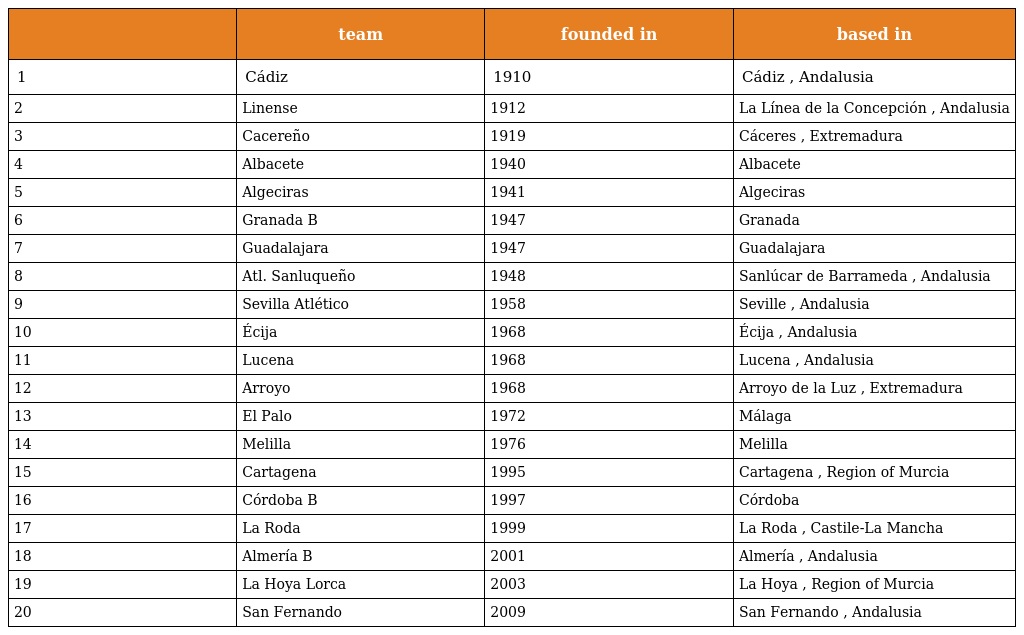
|  | team | founded in | based in |
 | --- | --- | --- | --- |
 | 1 | Cádiz | 1910 | Cádiz , Andalusia |
 | 2 | Linense | 1912 | La Línea de la Concepción , Andalusia |
 | 3 | Cacereño | 1919 | Cáceres , Extremadura |
 | 4 | Albacete | 1940 | Albacete |
 | 5 | Algeciras | 1941 | Algeciras |
 | 6 | Granada B | 1947 | Granada |
 | 7 | Guadalajara | 1947 | Guadalajara |
 | 8 | Atl. Sanluqueño | 1948 | Sanlúcar de Barrameda , Andalusia |
 | 9 | Sevilla Atlético | 1958 | Seville , Andalusia |
 | 10 | Écija | 1968 | Écija , Andalusia |
 | 11 | Lucena | 1968 | Lucena , Andalusia |
 | 12 | Arroyo | 1968 | Arroyo de la Luz , Extremadura |
 | 13 | El Palo | 1972 | Málaga |
 | 14 | Melilla | 1976 | Melilla |
 | 15 | Cartagena | 1995 | Cartagena , Region of Murcia |
 | 16 | Córdoba B | 1997 | Córdoba |
 | 17 | La Roda | 1999 | La Roda , Castile-La Mancha |
 | 18 | Almería B | 2001 | Almería , Andalusia |
 | 19 | La Hoya Lorca | 2003 | La Hoya , Region of Murcia |
 | 20 | San Fernando | 2009 | San Fernando , Andalusia |